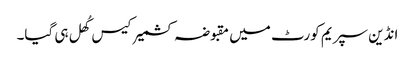
انڈین سپریم کورٹ میں مقبوضہ کشمیر کیس کُھل ہی گیا۔